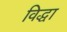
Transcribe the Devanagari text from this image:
विद्धा